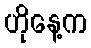
ဟိုနေ့က